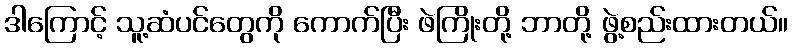
ဒါကြောင့် သူ့ဆံပင်တွေကို ကောက်ပြီး ဖဲကြိုးတို့ ဘာတို့ ဖွဲ့စည်းထားတယ်။